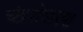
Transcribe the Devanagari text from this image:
चंद्रशेखरया